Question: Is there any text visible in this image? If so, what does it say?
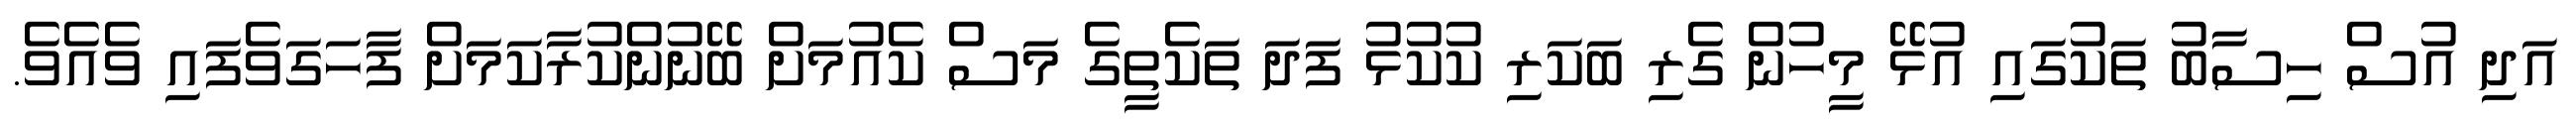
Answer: އަދި އުސް ހިސާބު ތަކުގައި އުޅޭ މީހުން ގެރި ބަކަރި ކުކުޅު ފަދަ ތަކެތީގެ މަސް ކެއުމަށް ބޭނުންކުރާކަމަށް ފާހަގަވެފައި ވެއެވެ.